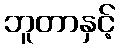
ဘူတာနှင့်